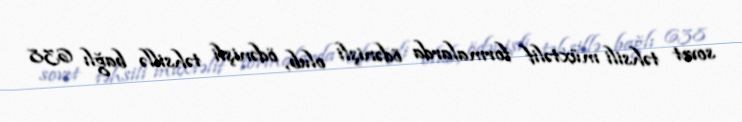
sovet təhsili müxtəlif formalarda ödənişli olub, ödənişli təhsillə bağlı 638